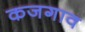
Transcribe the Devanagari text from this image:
कजगाव